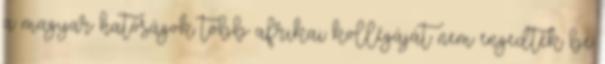
a magyar hatóságok több afrikai kollégáját nem engedték be